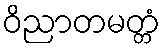
ဝိညာတမတ္တံ